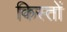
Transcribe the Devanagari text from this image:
किस्‍तों